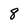
Character: 8